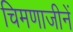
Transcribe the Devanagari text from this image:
चिमणाजीनें